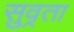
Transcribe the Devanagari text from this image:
सुव्रता